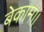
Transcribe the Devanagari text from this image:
बेकाम।।